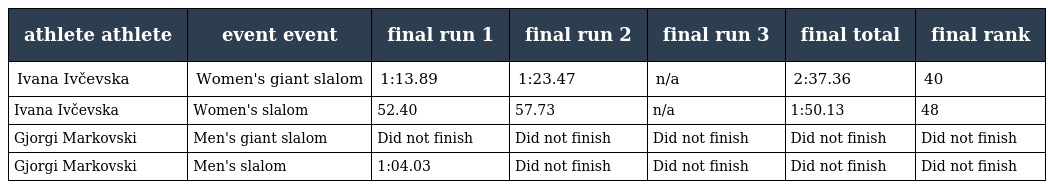
| athlete athlete | event event | final run 1 | final run 2 | final run 3 | final total | final rank |
 | --- | --- | --- | --- | --- | --- | --- |
 | Ivana Ivčevska | Women's giant slalom | 1:13.89 | 1:23.47 | n/a | 2:37.36 | 40 |
 | Ivana Ivčevska | Women's slalom | 52.40 | 57.73 | n/a | 1:50.13 | 48 |
 | Gjorgi Markovski | Men's giant slalom | Did not finish | Did not finish | Did not finish | Did not finish | Did not finish |
 | Gjorgi Markovski | Men's slalom | 1:04.03 | Did not finish | Did not finish | Did not finish | Did not finish |